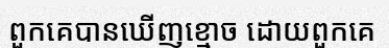
ពួកគេបានឃើញខ្មោច ដោយពួកគេ